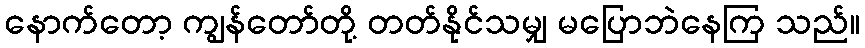
နောက်တော့ ကျွန်တော်တို့ တတ်နိုင်သမျှ မပြောဘဲနေကြ သည်။